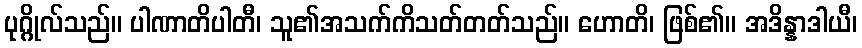
ပုဂ္ဂိုလ်သည်။ ပါဏာတိပါတီ၊ သူ၏အသက်ကိသတ်တတ်သည်။ ဟောတိ၊ ဖြစ်၏။ အဒိန္နာဒါယီ၊